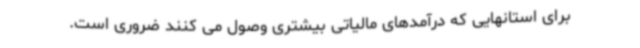
برای استانهایی که درآمدهای مالیاتی بیشتری وصول می کنند ضروری است.